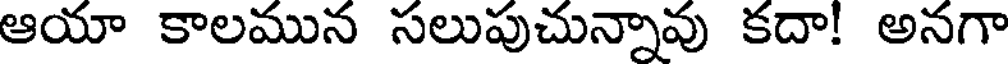
ఆయా కాలమున సలుపుచున్నావు కదా! అనగా